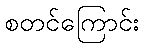
စတင်ကြောင်း